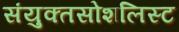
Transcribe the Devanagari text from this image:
संयुक्तसोशलिस्ट